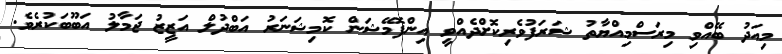
މިއަދު ބޭއްވި މިރަސްމިއްޔާތު ޝަރަފުވެރިކޮށްދެއްވީ އިންފޮމޭޝަން ކޮމިޝަނަރު އަބްދުލް އަޒީޒު ޖަމާލު އަބޫބަކުރެވެ.